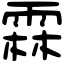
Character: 霖